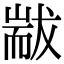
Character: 𦓗